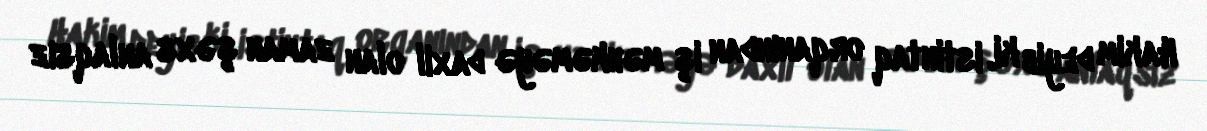
Hakim deyib ki, istintaq orqanından iş məhkəməyə daxil olan zaman şəxs anlaqsız